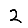
Digit: 2